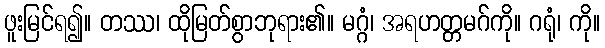
ဖူးမြင်ရ၍။ တဿ၊ ထိုမြတ်စွာဘုရား၏။ မဂ္ဂံ၊ အရဟတ္တမဂ်ကို။ ဂရုံ၊ ကို။